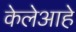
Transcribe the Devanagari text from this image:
केलेआहे